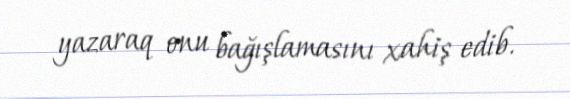
yazaraq onu bağışlamasını xahiş edib.